Civil Veterinary Department. Central Provinces & Berar 1932-41 - 1932-1941
Year: 1932
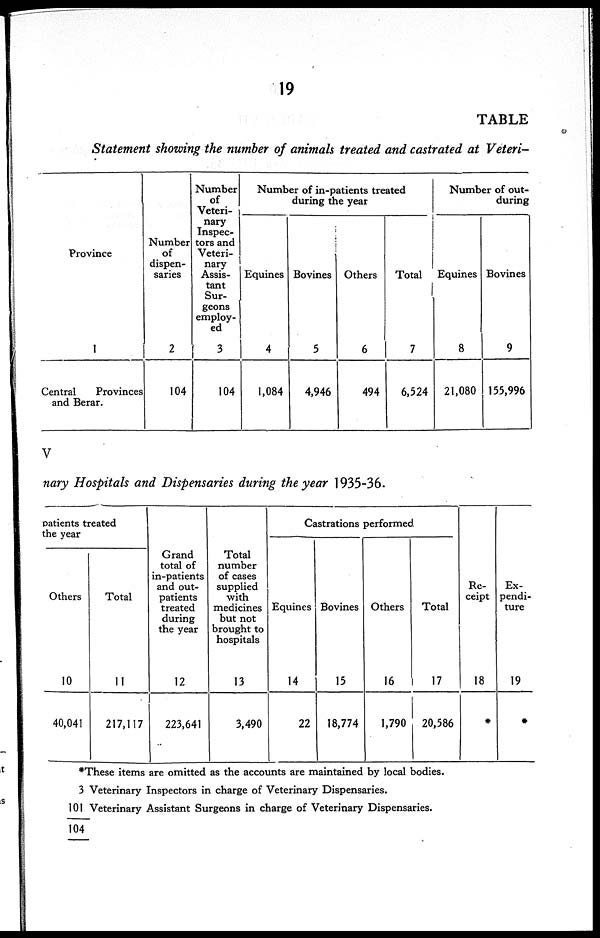
19
TABLE
Statement showing the number of animals treated and castrated at Veteri-
Province
1
Central
Provinces
and Berar.
Number
of
dispen-
saries
2
104
Number
of
Veteri-
nary
Inspec-
tors and
Veteri-
nary
Assis-
tant
Sur-
geons
employ-
ed 3
104
Number of in-patients treated
during the year
Equines
4
1,084
Bovines
5
4,946
Others
6
494
Total
7
6,524
Number of out-
during
Equines
8
21,080
Bovines
9
155,996
V
nary Hospitals and Dispensaries during the year 1935-36.
patients treated
the year
Others
10
40,041
Total
11
217,117
Grand
total of
in-patients
and out-
patients
treated
during
the year
12
223,641
Total
number
of cases
supplied
with
medicines
but not
brought to
hospitals
13
3,490
Castrations performed
Equines
14
22
Bovines
15
18,774
Others
16
1,790
Total
17
20,586
Re-
ceipt
18
*
Ex-
pendi-
ture
19
*
*These items are omitted as the accounts are maintained by local bodies.
3
101
104
Veterinary Inspectors in charge of Veterinary Dispensaries.
Veterinary Assistant Surgeons in charge of Veterinary Dispensaries.